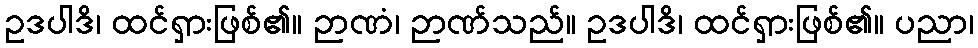
ဥဒပါဒိ၊ ထင်ရှားဖြစ်၏။ ဉာဏံ၊ ဉာဏ်သည်။ ဥဒပါဒိ၊ ထင်ရှားဖြစ်၏။ ပညာ၊